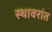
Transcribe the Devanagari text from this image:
स्थावरांत